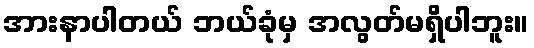
အားနာပါတယ် ဘယ်ခုံမှ အလွတ်မရှိပါဘူး။